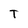
Character: T